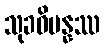
သုခဝိပန္နဿ